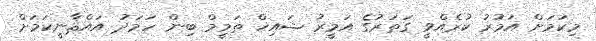
މިކަމަށް އަމުރު ކުރެއްވީ ގަތަރުގެ އަމީރު ޝައިޚް ތަމީމް ބިން ހަމަދު އައްޘާނީކަމަށް